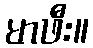
မာဖီး။